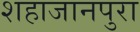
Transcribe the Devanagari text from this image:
शहाजानपुरा